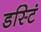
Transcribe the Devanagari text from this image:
डस्टिं